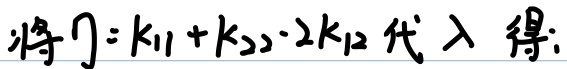
将 $\eta = k_{11}+k_{22}-2k_{12}$ 代入得: